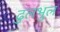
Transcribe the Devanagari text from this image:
ढुलभुल